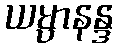
ယမ္ပာနန္ဒ